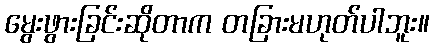
မွေးဖွားခြင်းဆိုတာက တခြားမဟုတ်ပါဘူး။